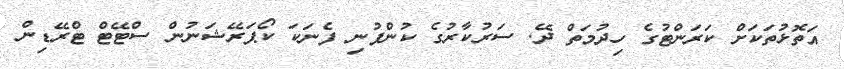
އަތޮޅުތަކަށް ކަރަންޓުގެ ހިދުމަތް ދޭ